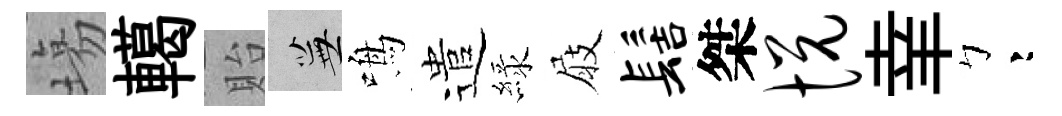
塲轕貽蕪鳴遣緑屐髻桀悦𦍒彎